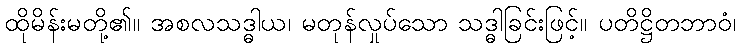
ထိုမိန်းမတို့၏။ အစလသဒ္ဓါယ၊ မတုန်လှုပ်သော သဒ္ဓါခြင်းဖြင့်။ ပတိဋ္ဌိတဘာဝံ၊